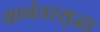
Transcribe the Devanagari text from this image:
यानंतरसुद्धा